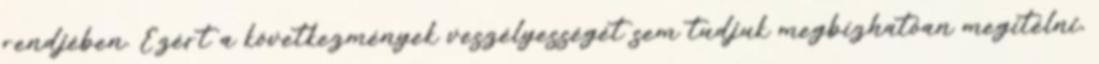
rendjében. Ezért a következmények veszélyességét sem tudjuk megbízhatóan megítélni,